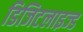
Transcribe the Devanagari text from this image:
डिजिटलाइज्ड